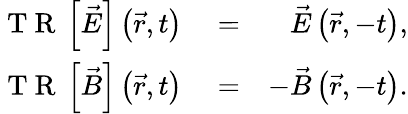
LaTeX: \begin{array}{rlr}{\mathrm{~T~R~}\left\lbrack\vec{E}\right\rbrack\left(\vec{r},t\right)}&{{}=}&{\vec{E}\left(\vec{r},-t\right),}\\ {\mathrm{~T~R~}\left\lbrack\vec{B}\right\rbrack\left(\vec{r},t\right)}&{{}=}&{-\vec{B}\left(\vec{r},-t\right).}\end{array}